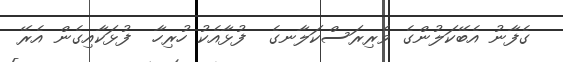
ގެފާނު އެބޭކަލުންގެ ވެރިރަސްކަލާނގެ  ފުޅާއެކު ހުރިހާ  ފުޅަކާއިގެން އެރޭ